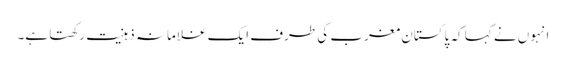
انہوں نے کہا کہ پاکستان مغرب کی طرف ایک غلامانہ ذہنیت رکھتا ہے۔